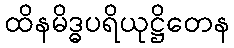
ထိနမိဒ္ဓပရိယုဋ္ဌိတေန